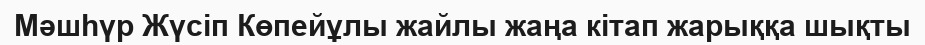
Мәшһүр Жүсіп Көпейұлы жайлы жаңа кітап жарыққа шықты